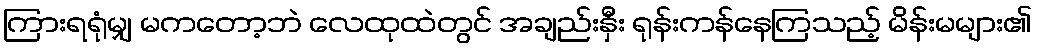
ကြားရရုံမျှ မကတော့ဘဲ လေထုထဲတွင် အချည်းနှီး ရုန်းကန်နေကြသည့် မိန်းမများ၏